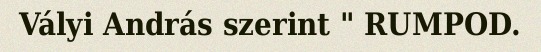
Vályi András szerint " RUMPOD.